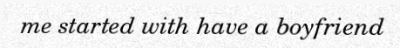
me started with have a boyfriend